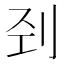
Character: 刭